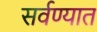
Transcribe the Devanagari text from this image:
सर्वण्यात